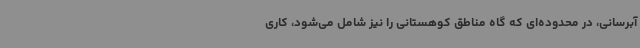
آبرسانی، در محدوده‌ای که گاه مناطق کوهستانی را نیز شامل می‌شود، کاری